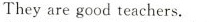
They are good teachers.